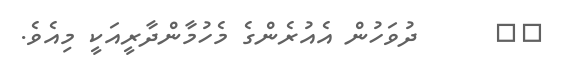
٥٦      ދުވަހުން އެއުރެންގެ މެހުމާންދާރީއަކީ މިއެވެ.